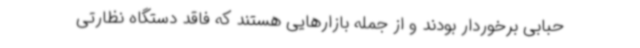
حبابی برخوردار بودند و از جمله بازارهایی هستند که فاقد دستگاه نظارتی